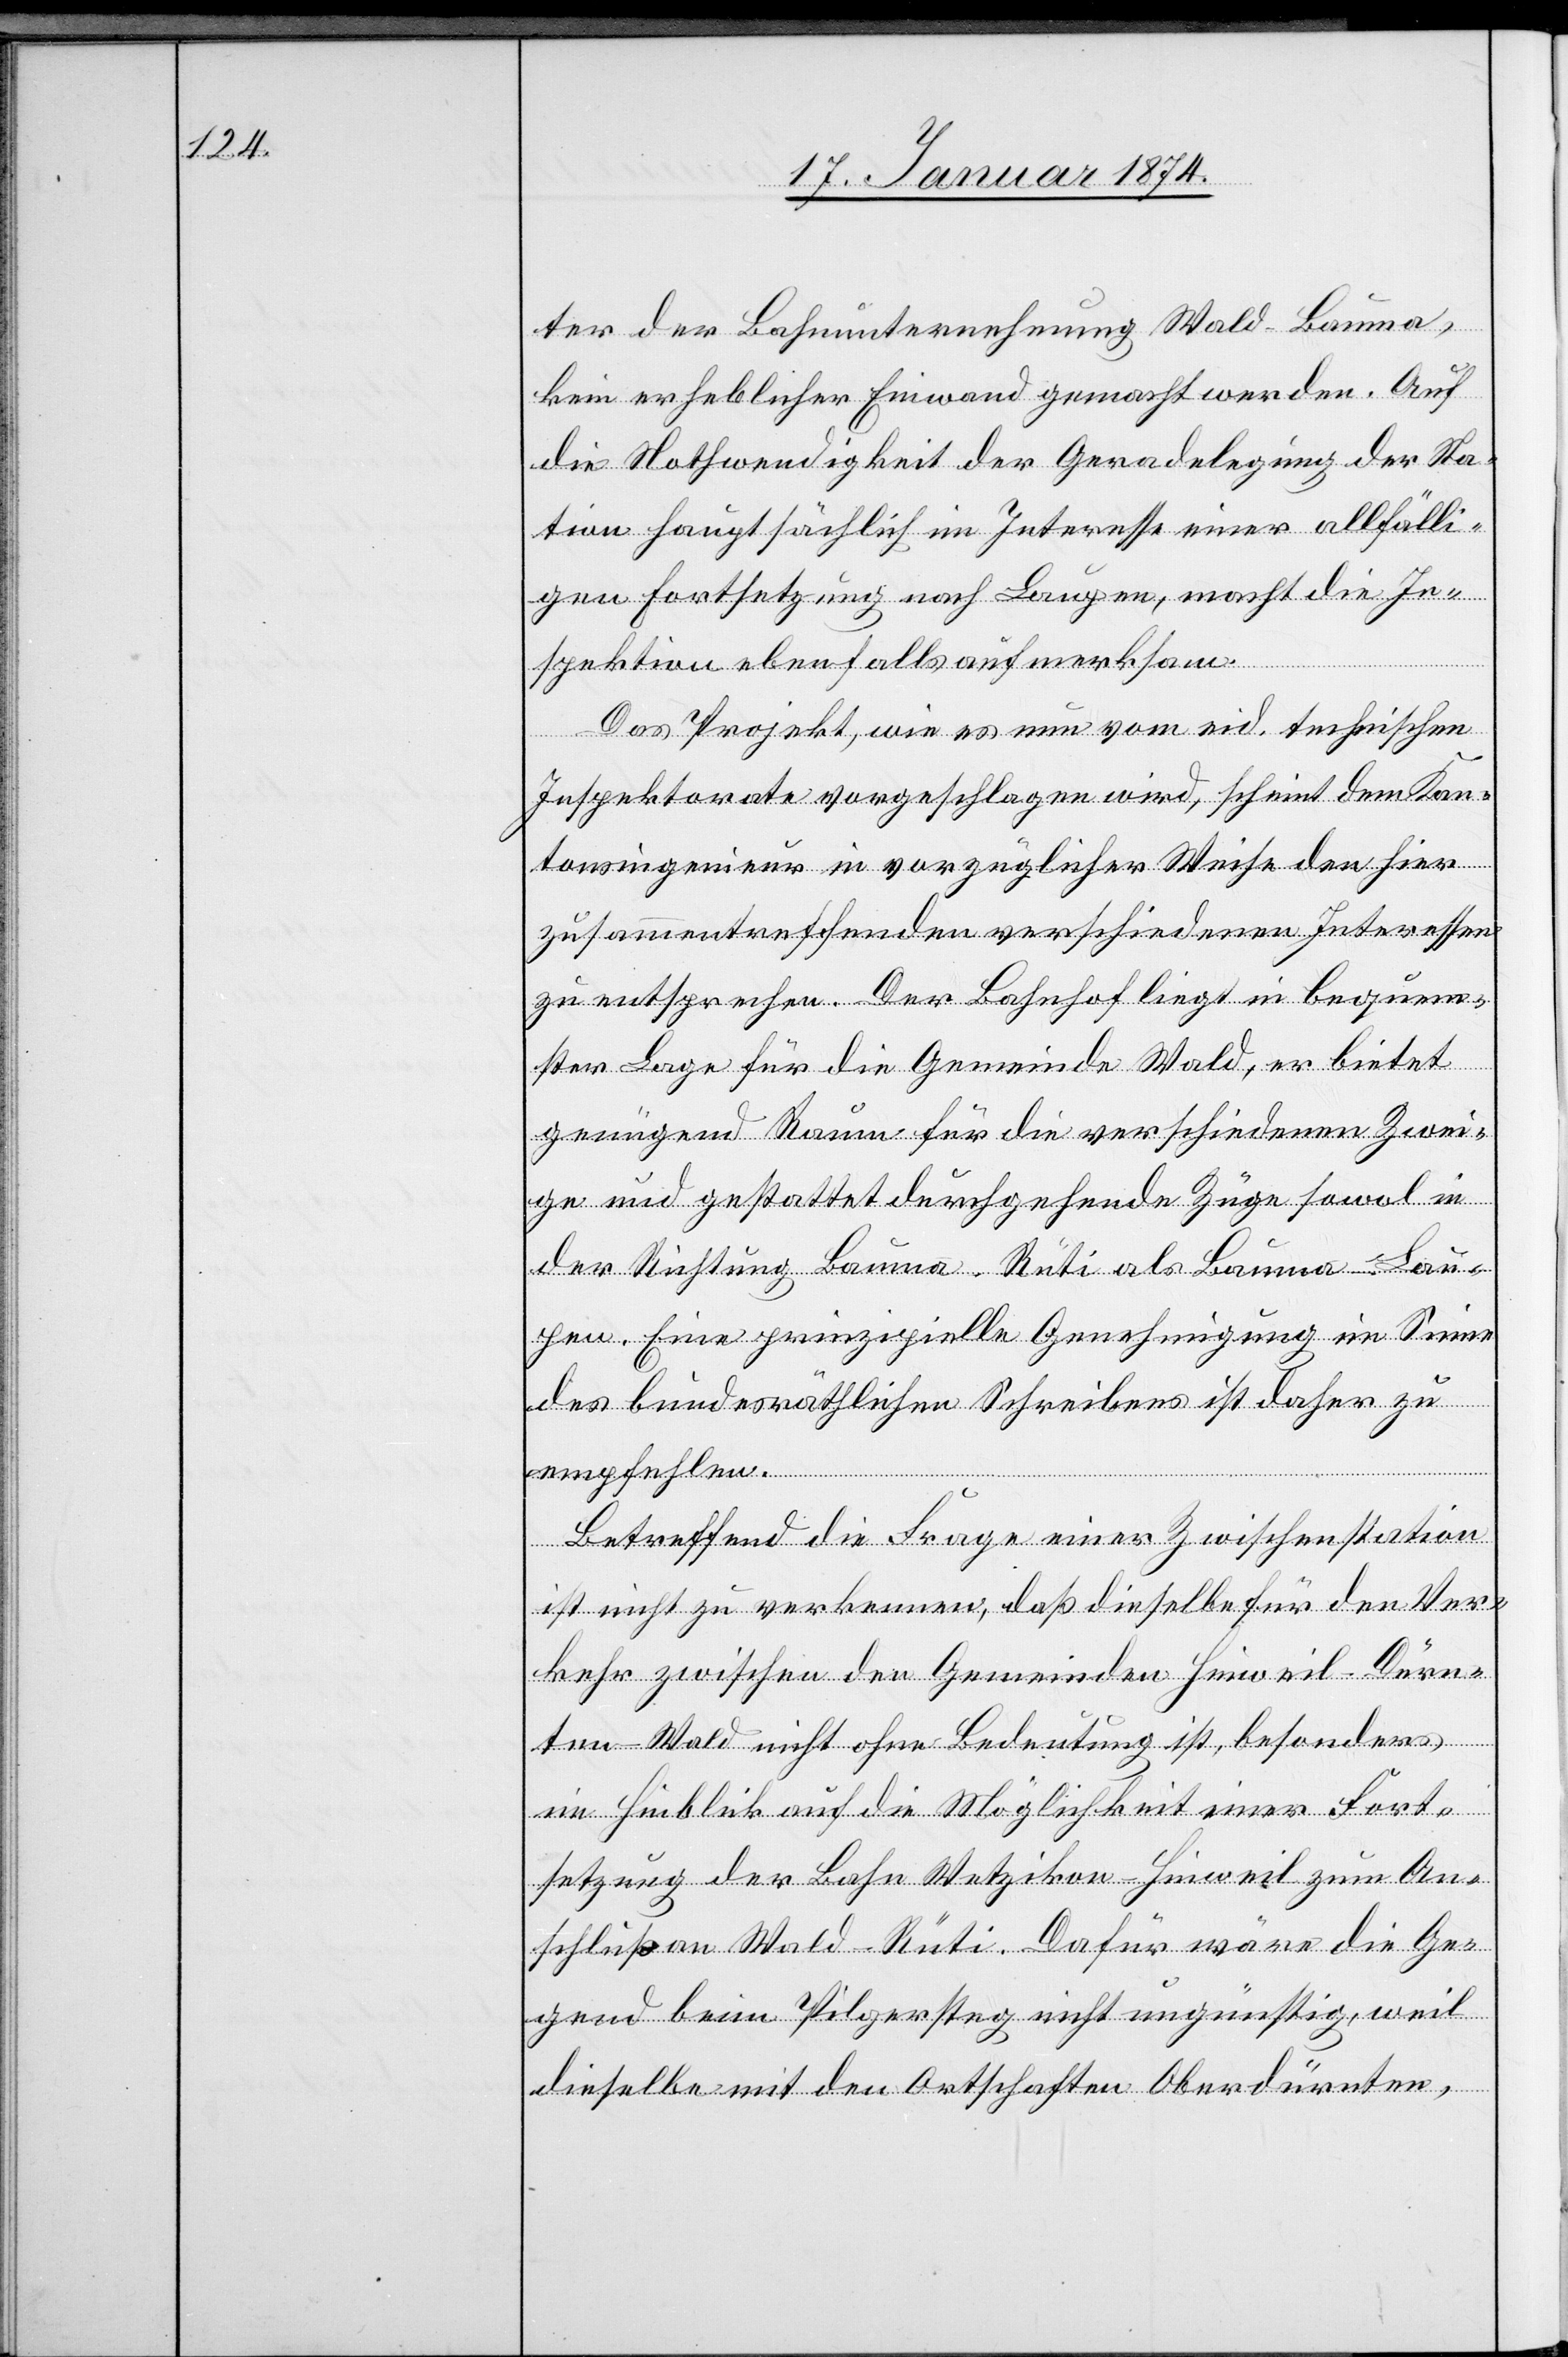
ter der Bahnunternehmung Wald–Bauma,
kein erheblicher Einwand gemacht werden. Auf
die Nothwendigkeit der Geradelegung der Sta¬
tion hauptsächlich im Interesse einer allfälli¬
gen Fortsetzung nach Laupen, macht die In¬
spektion ebenfalls aufmerksam.
Das Projekt, wie es nun vom eid. technischen
Inspektorate vorgeschlagen wird, scheint dem Kan¬
tonsingenieur in vorzüglicher Weise den hier
zusammentreffenden verschiedenen Interessen
zu entsprechen. Der Bahnhof liegt in bequem¬
ster Lage für die Gemeinde Wald, er bietet
genügend Raum für die verschiedenen Zwei¬
ge und gestattet durchgehende Züge sowol in
der Richtung Bauma–Rüti als Bauma–Lau¬
pen. Eine prinzipielle Genehmigung im Sinne
des bundesräthlichen Schreibens ist daher zu
empfehlen.
Betreffend die Frage einer Zwischenstation
ist nicht zu verkennen, daß dieselbe für den Ver¬
kehr zwischen den Gemeinden Hinweil–Dürn¬
ten–Wald nicht ohne Bedeutung ist, besonders
im Hinblick auf die Möglichkeit einer Fort¬
setzung der Bahn Wetzikon–Hinweil zum An¬
schluß an Wald–Rüti. Dafür wäre die Ge¬
gend beim Pilgersteg nicht ungünstig, weil
dieselbe mit den Ortschaften Oberdürnten,